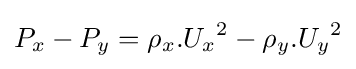
P_{x}-P_{y}=\rho _{x}.{U_{x}}^{2}-\rho _{y}.{U_{y}}^{2}